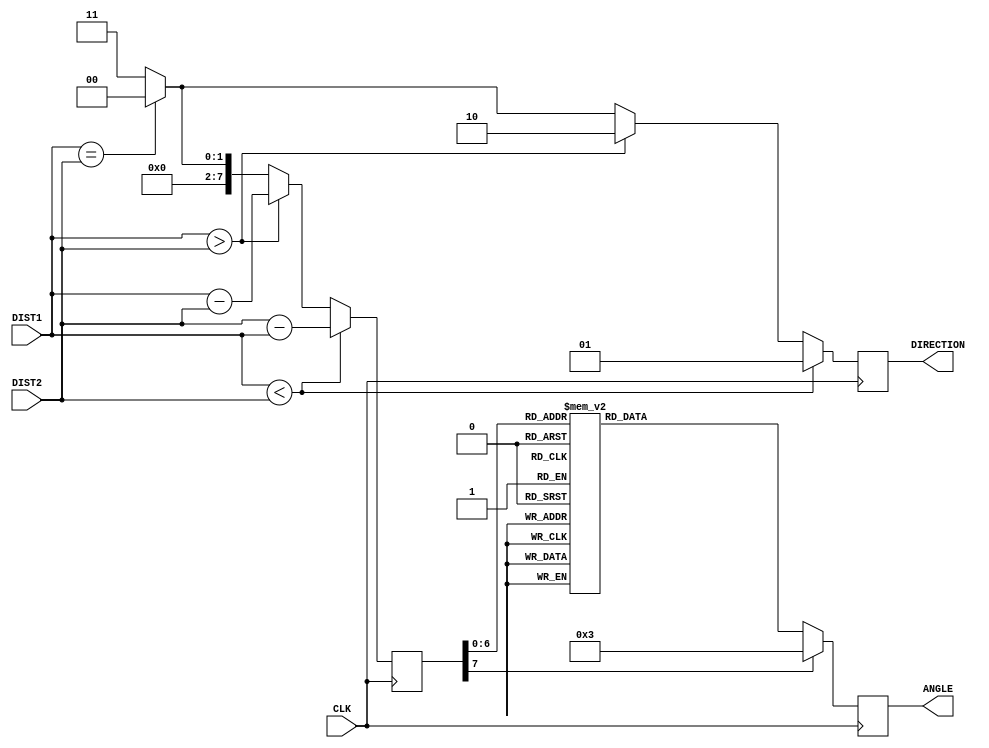
module orientation(
		input CLK,
		input [7:0] DIST1,
		input [7:0] DIST2,
		output reg [7:0] ANGLE,
		output reg [1:0] DIRECTION 
    );
	
	reg [7:0] X;
	
	always @(posedge CLK) begin
		if(DIST1 < DIST2) begin //Positive Side of Angle
			X <= DIST2-DIST1;
			DIRECTION <= 2'b 01; 
		end else if(DIST1 > DIST2)begin //Negative Side of Angle
			X <= DIST1-DIST2;
			DIRECTION <= 2'b 10; 
		end else if (DIST1 == DIST2) begin //Equal Distance, Angle is Zero
			X <= 0;
			DIRECTION <= 2'b 00;
		end else begin //BAD DATA
			X <= 2'h FF;
			DIRECTION <= 2'b 11;
		end
		
		case(X) //Table of angle definition, based off excel table of calculated angle using atan() function
			0: ANGLE <= 	0;
			1: ANGLE <=		2;
			2: ANGLE <=		4;
			3: ANGLE <=		6;
			4: ANGLE <=		8;
			5: ANGLE <=		10;
			6: ANGLE <=		12;
			7: ANGLE <=		14;
			8: ANGLE <=		16;
			9: ANGLE <=		18;
			10: ANGLE <=	20;
			11: ANGLE <=	21;
			12: ANGLE <=	23;
			13: ANGLE <=	25;
			14: ANGLE <=	27;
			15: ANGLE <=	28;
			16: ANGLE <=	30;
			17: ANGLE <=	31;
			18: ANGLE <=	33;
			19: ANGLE <=	34;
			20: ANGLE <=	36;
			21: ANGLE <=	37;
			22: ANGLE <=	38;
			23: ANGLE <=	39;
			24: ANGLE <=	41;
			25: ANGLE <=	42;
			26: ANGLE <=	43;
			27: ANGLE <=	44;
			28: ANGLE <=	45;
			29: ANGLE <=	46;
			30: ANGLE <=	47;
			31: ANGLE <=	48;
			32: ANGLE <=	49;
			33: ANGLE <=	50;
			34: ANGLE <=	51;
			35: ANGLE <=	51;
			36: ANGLE <=	52;
			37: ANGLE <=	53;
			38: ANGLE <=	54;
			39: ANGLE <=	54;
			40: ANGLE <=	55;
			41: ANGLE <=	56;
			42: ANGLE <=	56;
			43: ANGLE <=	57;
			44: ANGLE <=	58;
			45: ANGLE <=	58;
			46: ANGLE <=	59;
			47: ANGLE <=	59;
			48: ANGLE <=	60;
			49: ANGLE <=	60;
			50: ANGLE <=	61;
			51: ANGLE <=	61;
			52: ANGLE <=	62;
			53: ANGLE <=	62;
			54: ANGLE <=	63;
			55: ANGLE <=	63;
			56: ANGLE <=	63;
			57: ANGLE <=	64;
			58: ANGLE <=	64;
			59: ANGLE <=	65;
			60: ANGLE <=	65;
			61: ANGLE <=	65;
			62: ANGLE <=	66;
			63: ANGLE <=	66;
			64: ANGLE <=	66;
			65: ANGLE <=	67;
			66: ANGLE <=	67;
			67: ANGLE <=	67;
			68: ANGLE <=	68;
			69: ANGLE <=	68;
			70: ANGLE <=	68;
			default:ANGLE <= 2'h FF;
		endcase
	end

endmodule